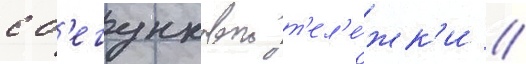
с б'егунковои т'ел'е́жк'и //